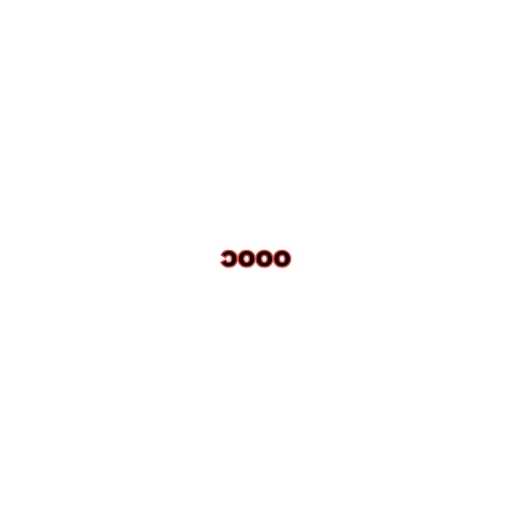
၁၀၀၀